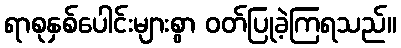
ရာစုနှစ်ပေါင်းများစွာ ဝတ်ပြုခဲ့ကြရသည်။